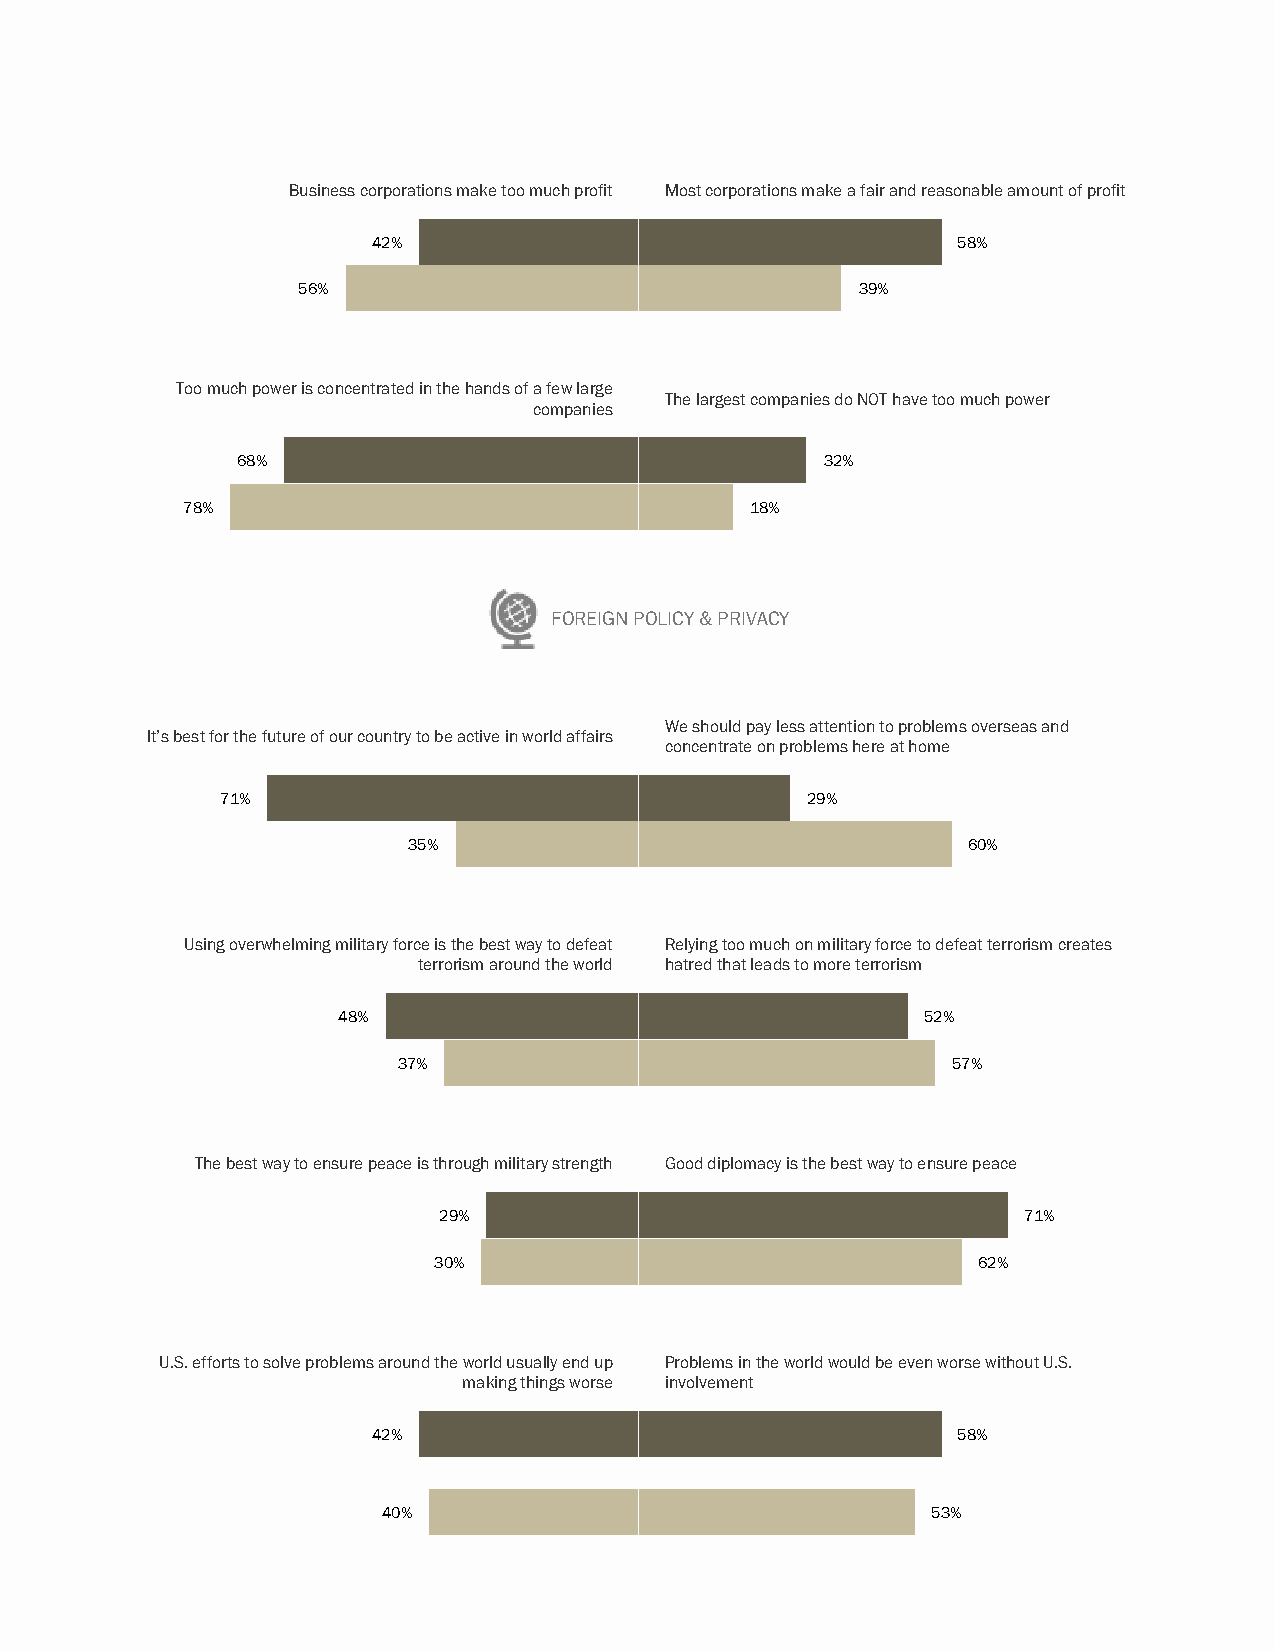
Business corporations make too much profit Most corporations make a fair and reasonable amount of profit
 42%                                   58%
 56%                                  39%
 Too much power is concentrated in the hands of a few large
 The largest companies do NOT have too much power
 companies
 68%                                    32%
 78%                                   18%
 FOREIGN POLICY & PRIVACY
 We should pay less attention to problems overseas and
 It’s best for the future of our country to be active in world affairs
 concentrate on problems here at home
 71%                                   29%
 35%                                  60%
 Using overwhelming military force is the best way to defeat Relying too much on military force to defeat terrorism creates
 terrorism around the world hatred that leads to more terrorism
 48%                                    52%
 37%                                  57%
 The best way to ensure peace is through military strength Good diplomacy is the best way to ensure peace
 29%                                    71%
 30%                                 62%
 U.S. efforts to solve problems around the world usually end up Problems in the world would be even worse without U.S.
 making things worse involvement
 42%                                   58%
 40%                                  53%